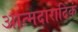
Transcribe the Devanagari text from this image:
आत्मदारादिकं